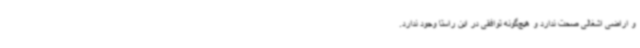
و اراضی اشغالی صحت ندارد و هیچ‌گونه توافقی در این راستا وجود ندارد.